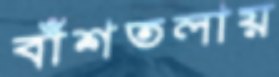
বাঁশতলায়